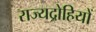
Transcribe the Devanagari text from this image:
राज्यद्रोहियों